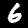
Digit: 6